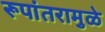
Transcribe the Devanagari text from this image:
रूपांतरामुळे